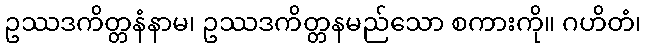
ဥဿဒကိတ္တနံနာမ၊ ဥဿဒကိတ္တနမည်သော စကားကို။ ဂဟိတံ၊